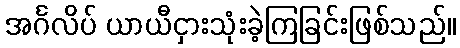
အင်္ဂလိပ် ယာယီငှားသုံးခဲ့ကြခြင်းဖြစ်သည်။